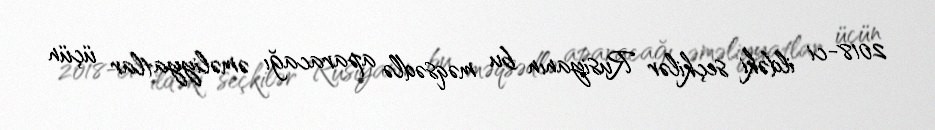
2018-ci ildəki seçkilər Rusiyanın bu məqsədlə aparacağı əməliyyatlar üçün